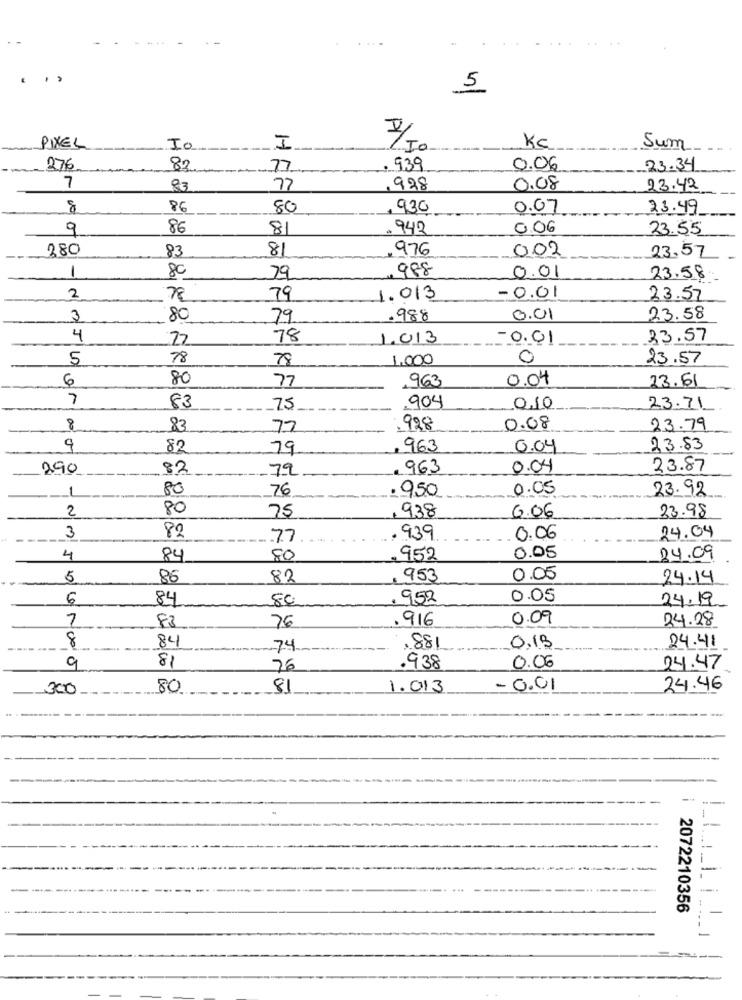
.....
5
PIXEL
Io
I
KC
Sum
276
82
77
, 939
0.06
23.34
7
83
77
.928
0.08
23.42
8
86
80
. 930
0.07
23.49
9
86
8
. 942
0.06
23.55
280
83
81
976
002
23.57
1
80
. 988
0.01
79
23.58
2
78
79
1.013
-0.01
23.57
3
80
79
.988
0.01
23.58
4
77
78
1.013
-0.01
33.57
5
78
78
1.000
0
23.57
6
80
77
0.04
23.61
963
7
83
75
904
0.10
23.71
8
83
77
.928
0.08
23.79
9
82
79
.963
0.04
23.83
290
82
79
. 963
0.04
23.87
1
80
76
. 950
0.05
23.92
2
80
6.06
33.98
75
938
3
82
77
939
0.06
24.04
4
84
80
952
0.05
24.09
5
86
82
. 953
0.05
24.14
6
84
80
952
0.05
24.19.
7
.916
0.09
24.28
83
76
8
24.41
84
74
881
0,13
9
81
76
.938
0.06
24.47
300
80
81
1.013
- 0.01
24.46
1
--
-
2072210356
-